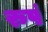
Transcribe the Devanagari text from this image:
रुपं